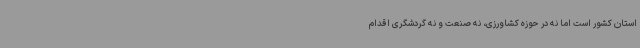
استان کشور است اما نه در حوزه کشاورزی، نه صنعت و نه گردشگری اقدام